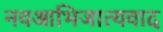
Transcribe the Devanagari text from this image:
नवआभिजात्यवाद